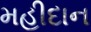
મહીદાન